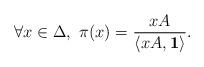
LaTeX: \begin{align*}\forall x\in \Delta, \ \pi(x) = \frac{x A}{\langle x A, \mathbf{1}\rangle}.\end{align*}